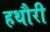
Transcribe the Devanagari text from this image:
हथौरी